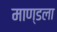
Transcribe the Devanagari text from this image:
माण्डला